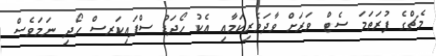
މެޗްގެ ފުރަތަމަ ސެޓް ވަރަށް ވާދަވެރިކަމާއި އެކު ހޯދަޑު ސްޕައިކަރސް ހޯދި ނަމަވެސް